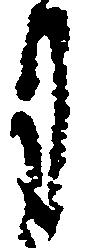
月